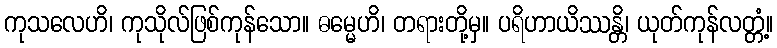
ကုသလေဟိ၊ ကုသိုလ်ဖြစ်ကုန်သော။ ဓမ္မေဟိ၊ တရားတို့မှ။ ပရိဟာယိဿန္တိ၊ ယုတ်ကုန်လတ္တံ့။